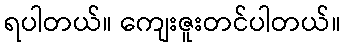
ရပါတယ်။ ကျေးဇူးတင်ပါတယ်။